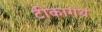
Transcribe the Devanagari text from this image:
टीकागंथ